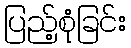
ပြည့်စုံခြင်း